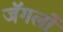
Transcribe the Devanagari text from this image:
जॅगलों